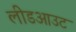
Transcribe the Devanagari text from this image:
लीडआउट